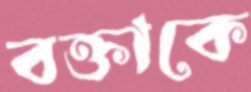
বক্তাকে